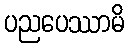
ပညပေဿာမိ